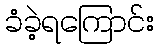
ခံခဲ့ရကြောင်း